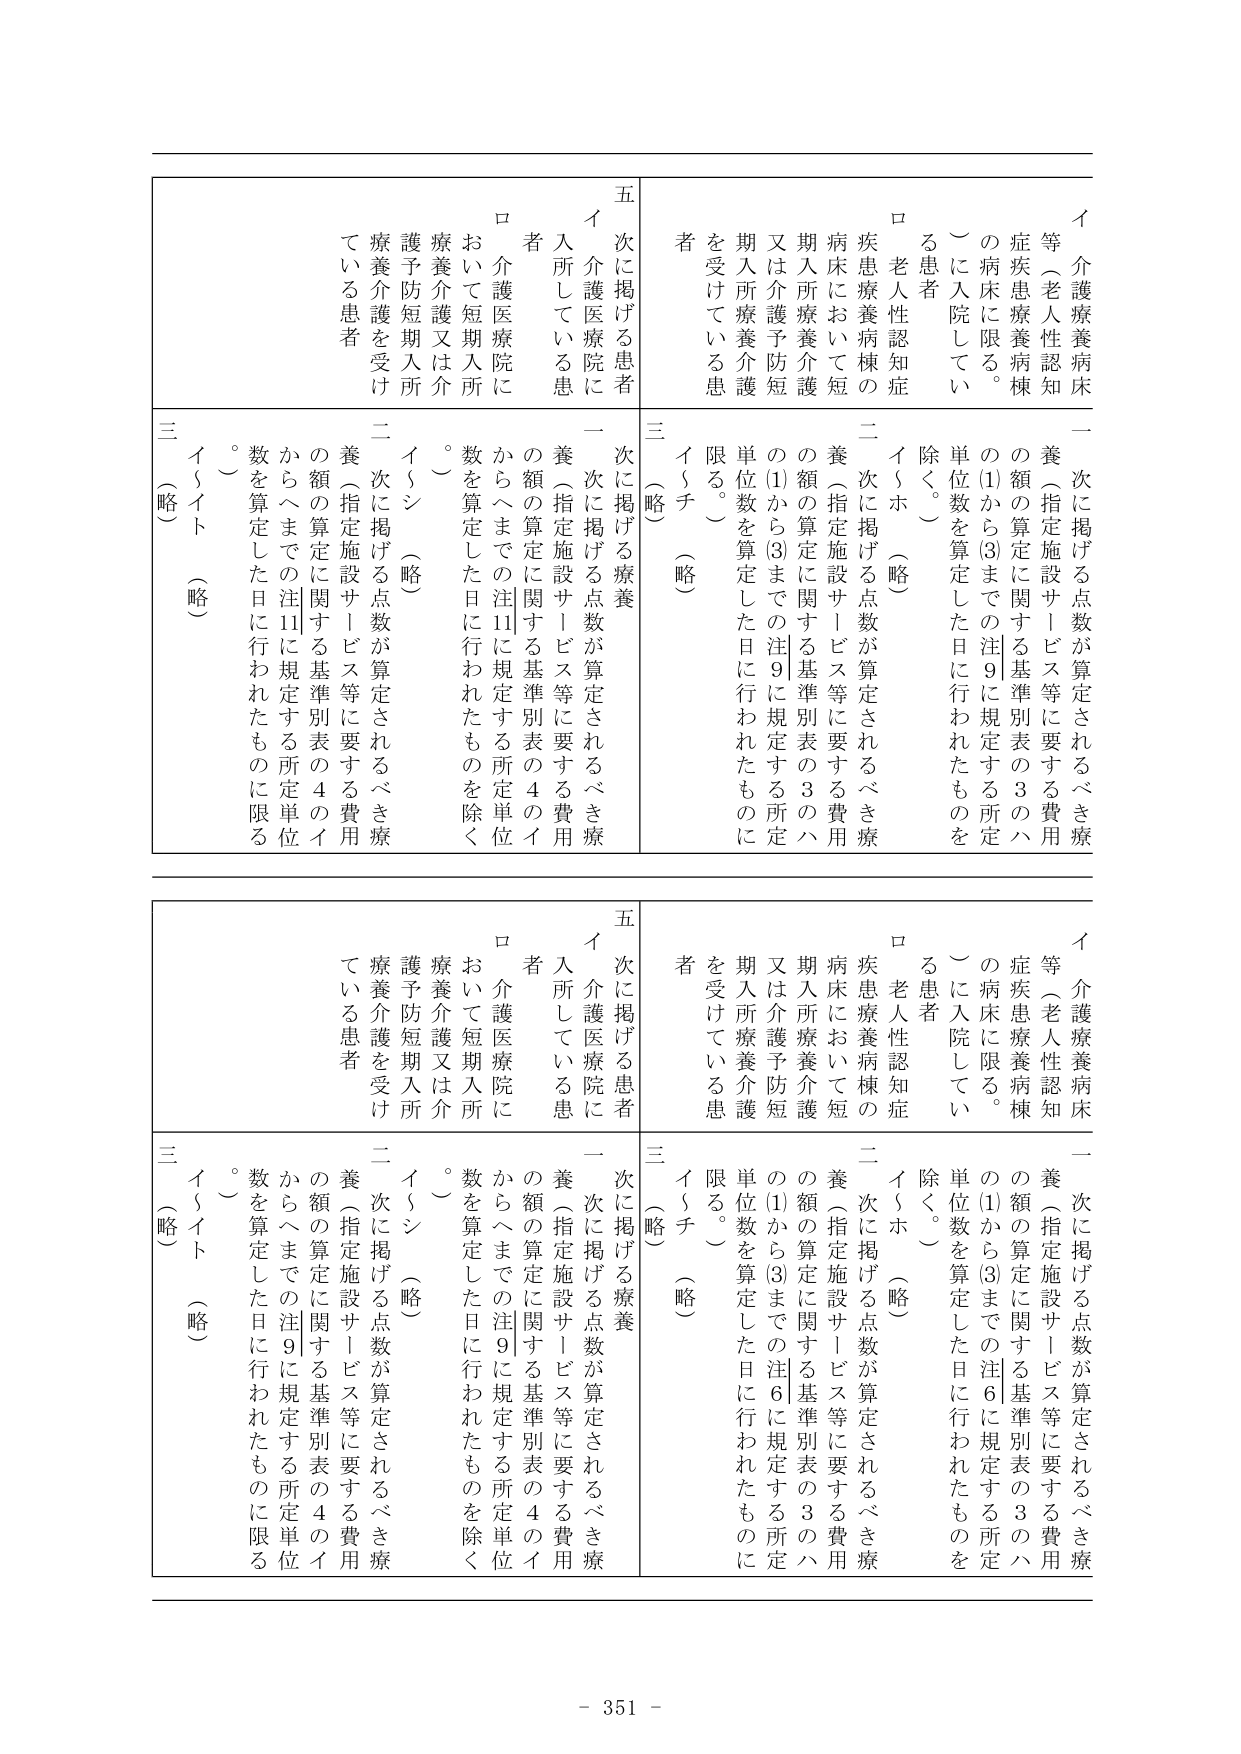
イ 介護療養病床等（老人性認知症疾患療養病棟の病床に限る。）に入院している患者
ロ 老人性認知症疾患療養病棟の病床において短期入所療養介護又は介護予防短期入所療養介護を受けている患者

一 次に掲げる点数が算定されるべき療養（指定施設サービス等に要する費用の額の算定に関する基準別表の3のハの(1)から(3)までの注9に規定する所定単位数を算定した日に行われたものを除く。）
二 次に掲げる点数が算定されるべき療養（指定施設サービス等に要する費用の額の算定に関する基準別表の3のハの(1)から(3)までの注9に規定する所定単位数を算定した日に行われたものに限る。）
三 イ～チ （略）

五 次に掲げる患者
イ 介護医療院に入所している患者
ロ 介護医療院において短期入所療養介護又は介護予防短期入所療養介護を受けている患者

一 次に掲げる療養（指定施設サービス等に要する費用の額の算定に関する基準別表の4のイからヘまでの注11に規定する所定単位数を算定した日に行われたものを除く。）
二 次に掲げる点数が算定されるべき療養（指定施設サービス等に要する費用の額の算定に関する基準別表の4のイからヘまでの注11に規定する所定単位数を算定した日に行われたものに限る。）
三 イ～ト （略）

イ 介護療養病床等（老人性認知症疾患療養病棟の病床に限る。）に入院している患者
ロ 老人性認知症疾患療養病棟の病床において短期入所療養介護又は介護予防短期入所療養介護を受けている患者

一 次に掲げる点数が算定されるべき療養（指定施設サービス等に要する費用の額の算定に関する基準別表の3のハの(1)から(3)までの注6に規定する所定単位数を算定した日に行われたものを除く。）
二 次に掲げる点数が算定されるべき療養（指定施設サービス等に要する費用の額の算定に関する基準別表の3のハの(1)から(3)までの注6に規定する所定単位数を算定した日に行われたものに限る。）
三 イ～チ （略）

五 次に掲げる患者
イ 介護医療院に入所している患者
ロ 介護医療院において短期入所療養介護又は介護予防短期入所療養介護を受けている患者

一 次に掲げる療養（指定施設サービス等に要する費用の額の算定に関する基準別表の4のイからヘまでの注9に規定する所定単位数を算定した日に行われたものを除く。）
二 次に掲げる点数が算定されるべき療養（指定施設サービス等に要する費用の額の算定に関する基準別表の4のイからヘまでの注9に規定する所定単位数を算定した日に行われたものに限る。）
三 イ～ト （略）

- 351 -